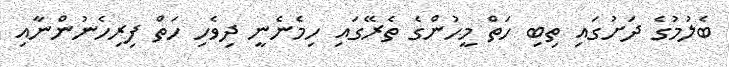
ބެލުމުގެ ދަށުގައި ތިބި ހަތް މީހުންގެ ތެރޭގައި ހިމެނެނީ ދިވެހި ހަތް ފިރިހެނުންނާއި